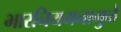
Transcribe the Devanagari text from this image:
भारनियमनामुळे